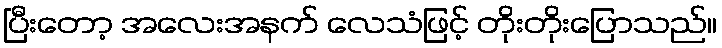
ပြီးတော့ အလေးအနက် လေသံဖြင့် တိုးတိုးပြောသည်။